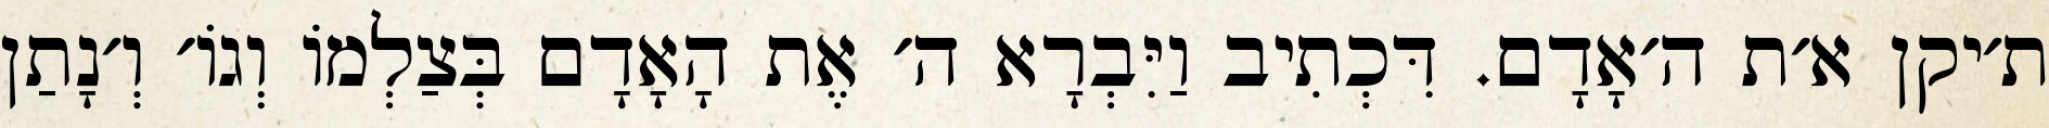
ת׳יקן א׳ת ה׳אָדָם. דִּכְתִיב וַיִּבְרָא ה׳ אֶת הָאָדָם בְּצַלְמוֹ וְגוֹ׳ וְ׳נָתַן